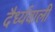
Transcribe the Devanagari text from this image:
दैर्ध्यवाली